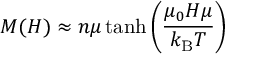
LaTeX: M ( H ) \approx n \mu \operatorname { t a n h } \left( { \frac { \mu _ { 0 } H \mu } { k _ { \mathrm { B } } T } } \right)